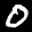
Label: 0